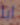
ابا